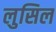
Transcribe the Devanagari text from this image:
लुसिल